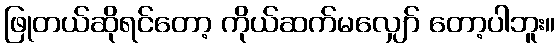
ဖြုတယ်ဆိုရင်တော့ ကိုယ်ဆက်မလျှော် တော့ပါဘူး။